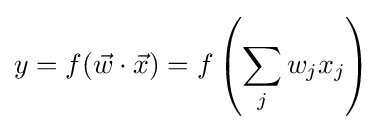
y=f({\vec {w}}\cdot {\vec {x}})=f\left(\sum _{j}w_{j}x_{j}\right)